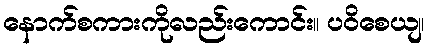
နောက်စကားကိုလည်းကောင်း။ ပဝိစေယျ၊